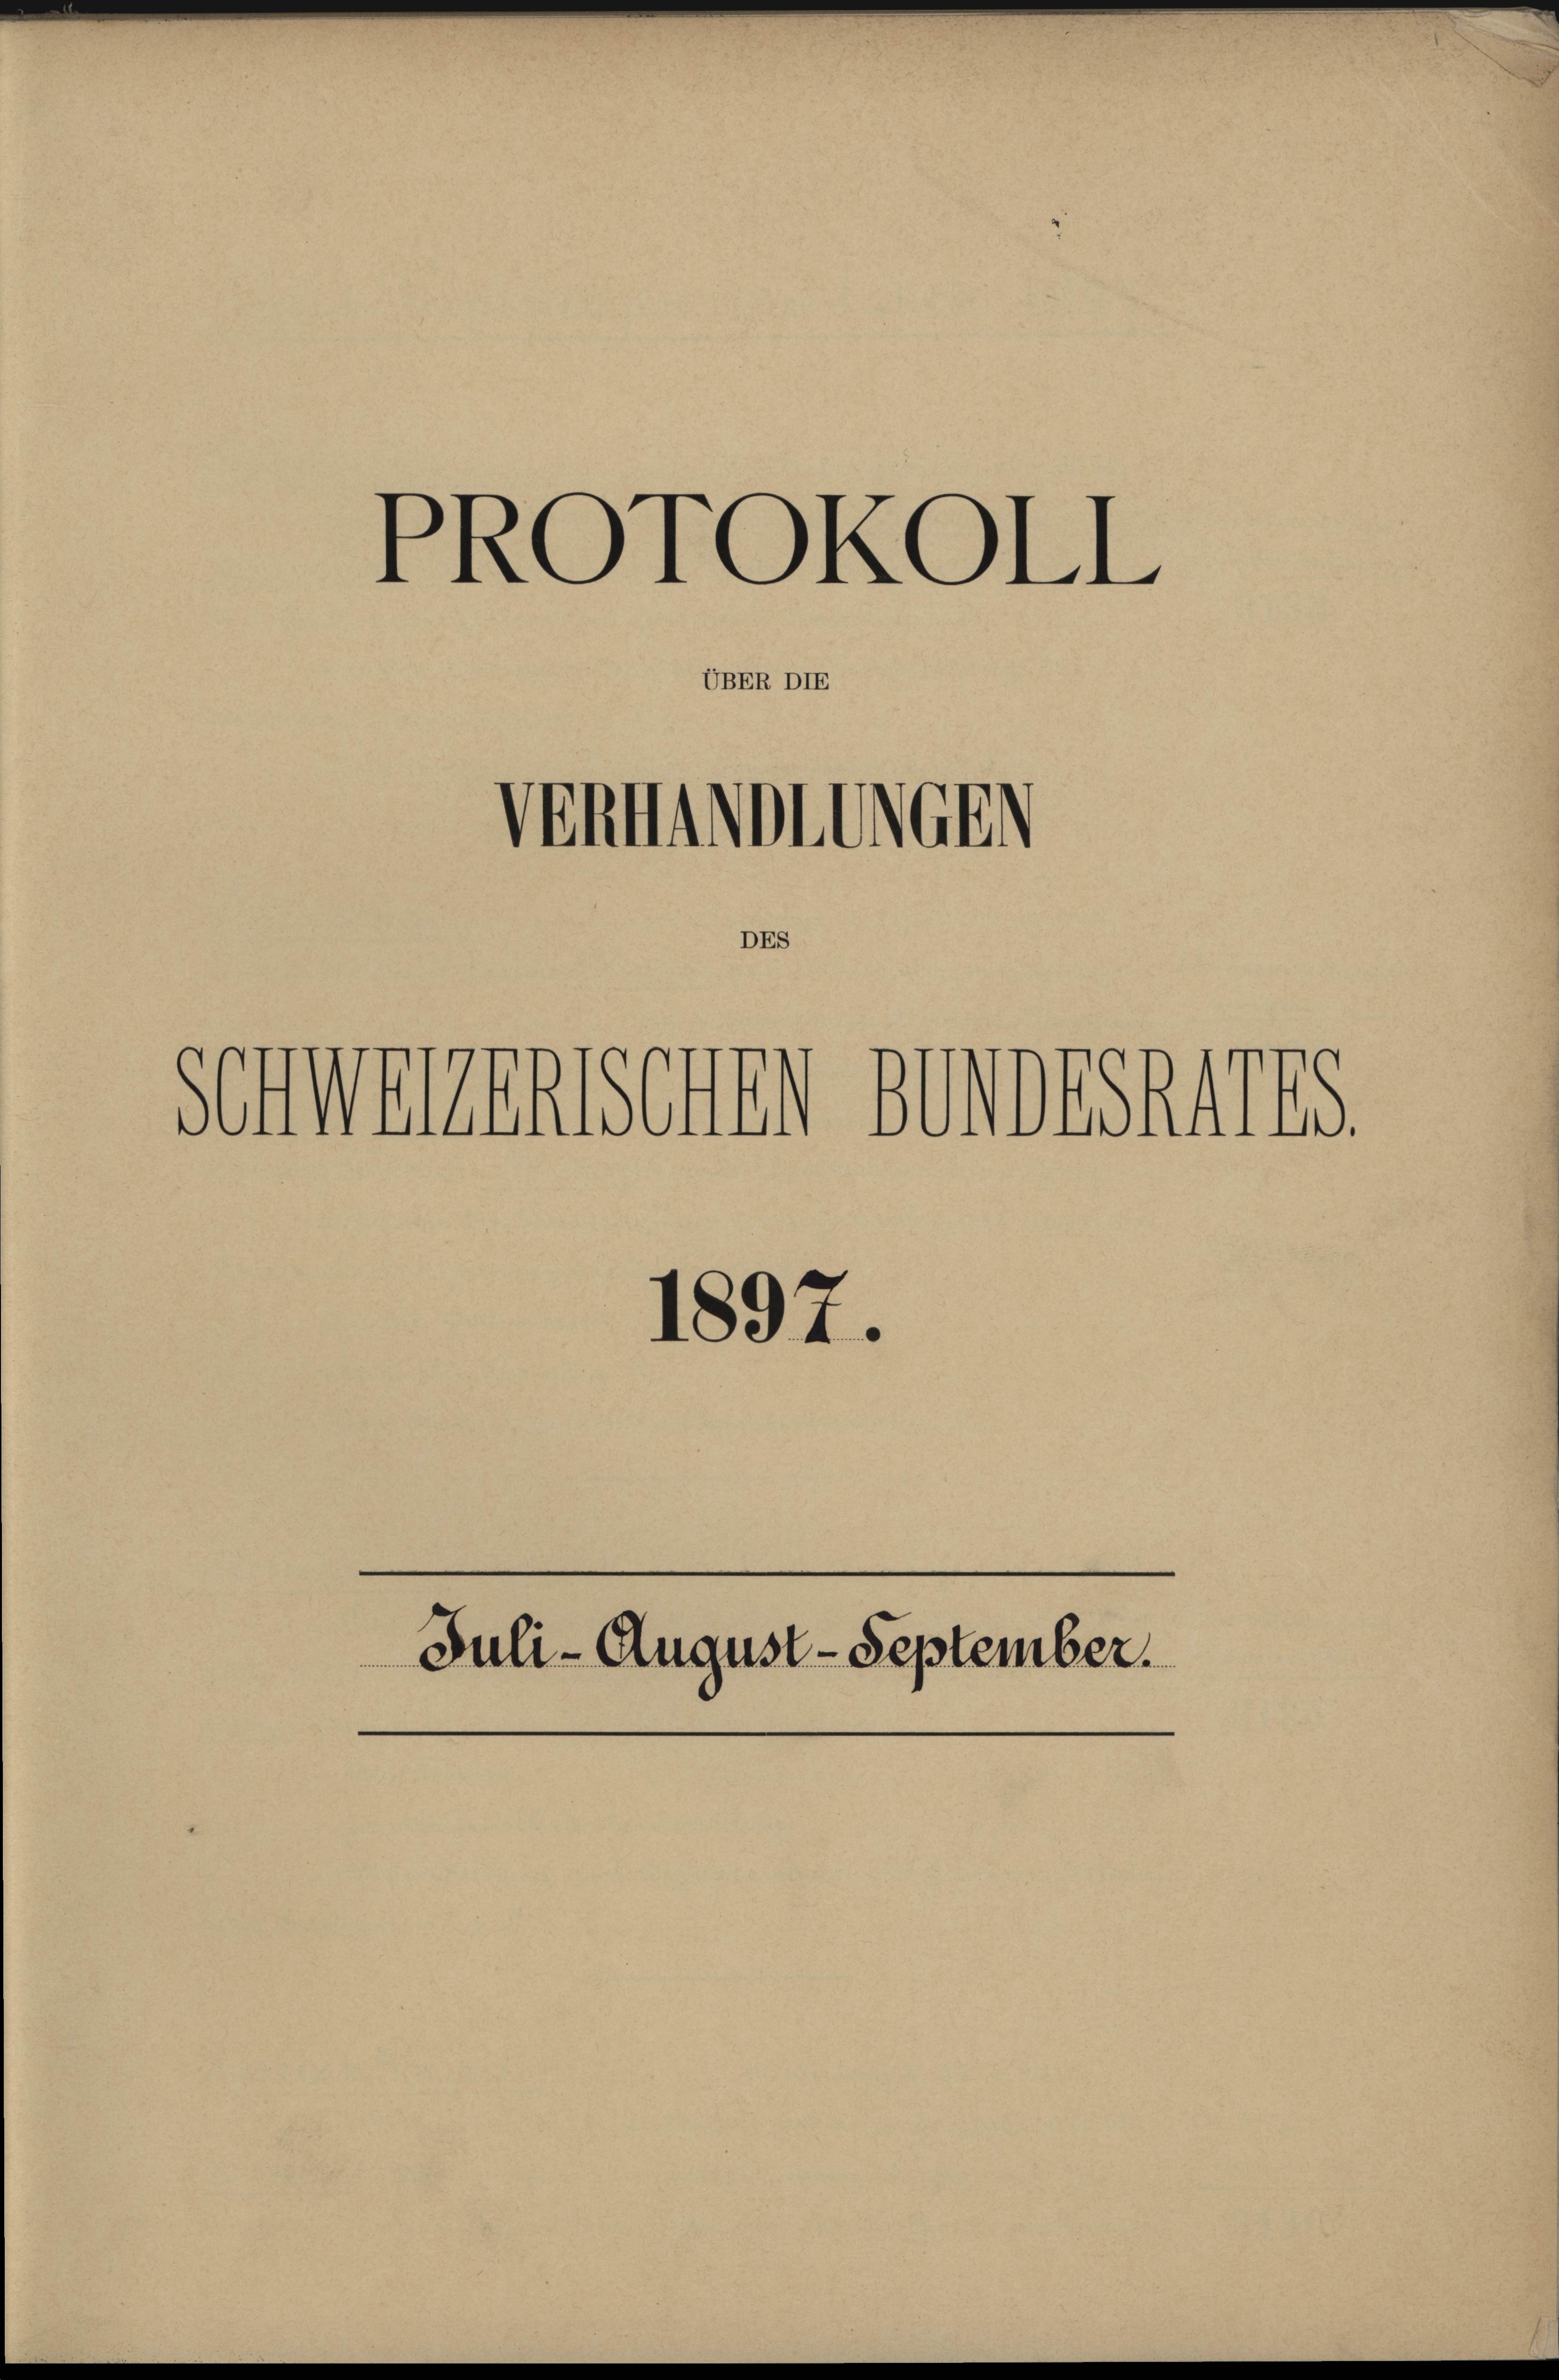
GBER DIE

sen werden soll

PROTOKOLL

V
Inhaltenen

1897.
Juli- August - September.

Dorshires.